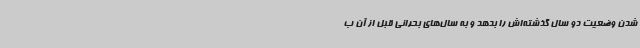
شدن وضعیت دو سال گذشته‌اش را بدهد و به سال‌های بحرانی قبل از آن ب